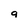
Character: g